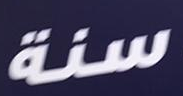
سنة